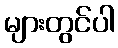
များတွင်ပါ